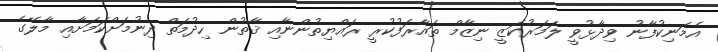
އެމަނިކުފާނު ވިދާޅުވީ ލަމަރުކަޒީ ނިޒާމް ތައާރަފުކުރީ ރައްޔިތުންނާއި ޤާތުން ހިދުމަތް ދިނުމަށްކަމަށާއި މާލޭގެ